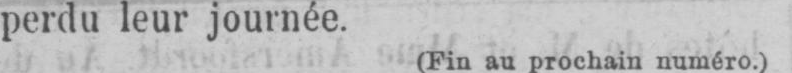
perdu leur journée. (Fin au prochain numéro.)